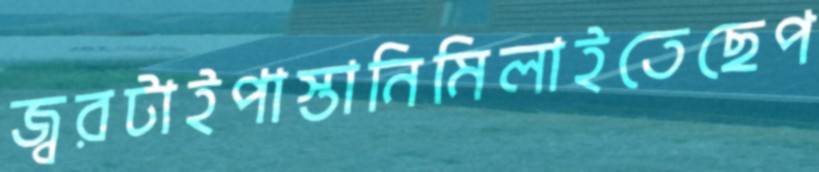
জ্বরটাইপাস্তানিমিলাইতেছেপ